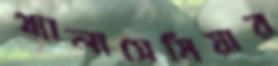
থ্যালাসেমিয়ার